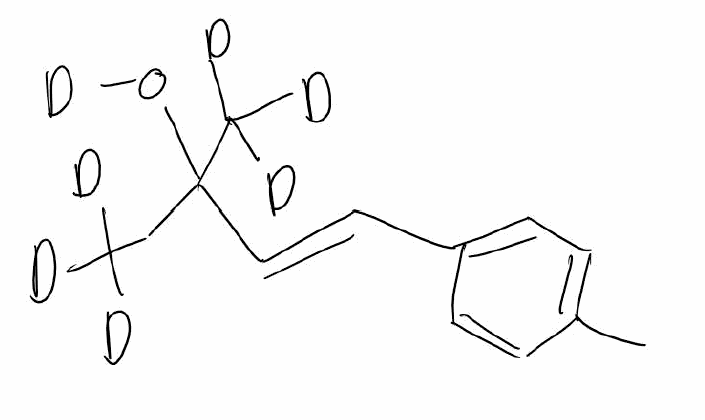
Simplified molecular-input line-entry system (SMILES) notation of the given molecule:
[2H]C([2H])([2H])C(/C=C/C1=CC=C(C=C1)C)(C([2H])([2H])[2H])O[2H]